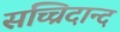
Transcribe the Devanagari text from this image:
सच्चिदान्द